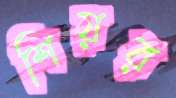
শিয়র